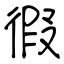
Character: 徦